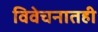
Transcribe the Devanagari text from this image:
विवेचनातही